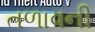
તળાવની